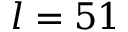
l = 5 1